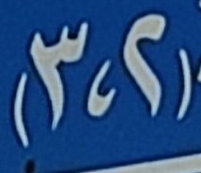
(2،3)